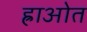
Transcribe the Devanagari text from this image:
ह्राओत